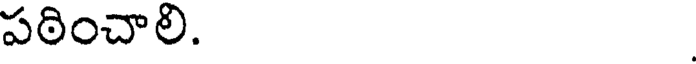
పఠించాలి.